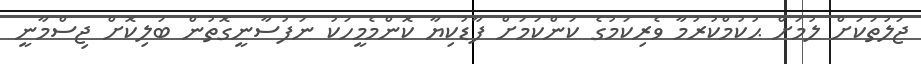
ޖަލުތަކަށް ލުމަށް ޙުކުމްކުރުމާ ވެރިކަމުގެ ކަންކަމަށް ފާޑުކިޔާ ކޮންމެމީހަކު ނަފުސާނީގޮތުން ބަލިކޮށް ޖިސްމާނީ